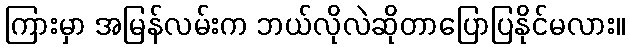
ကြားမှာ အမြန်လမ်းက ဘယ်လိုလဲဆိုတာပြောပြနိုင်မလား။